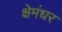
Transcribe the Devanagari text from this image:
क्षेमंधर